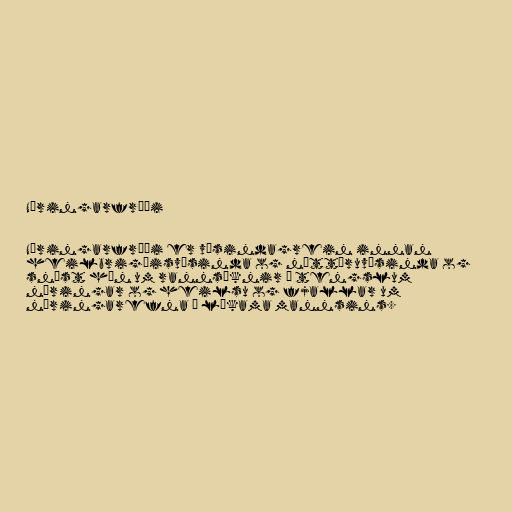
Næringarfræði

Næringarfræði er vísindagrein innan
heilbrigðisvísinda og náttúruvísinda og
snýst hún um rannsóknir á tengslum
næringar og heilsu og fjallar um
næringarefna í líkama mannsins.